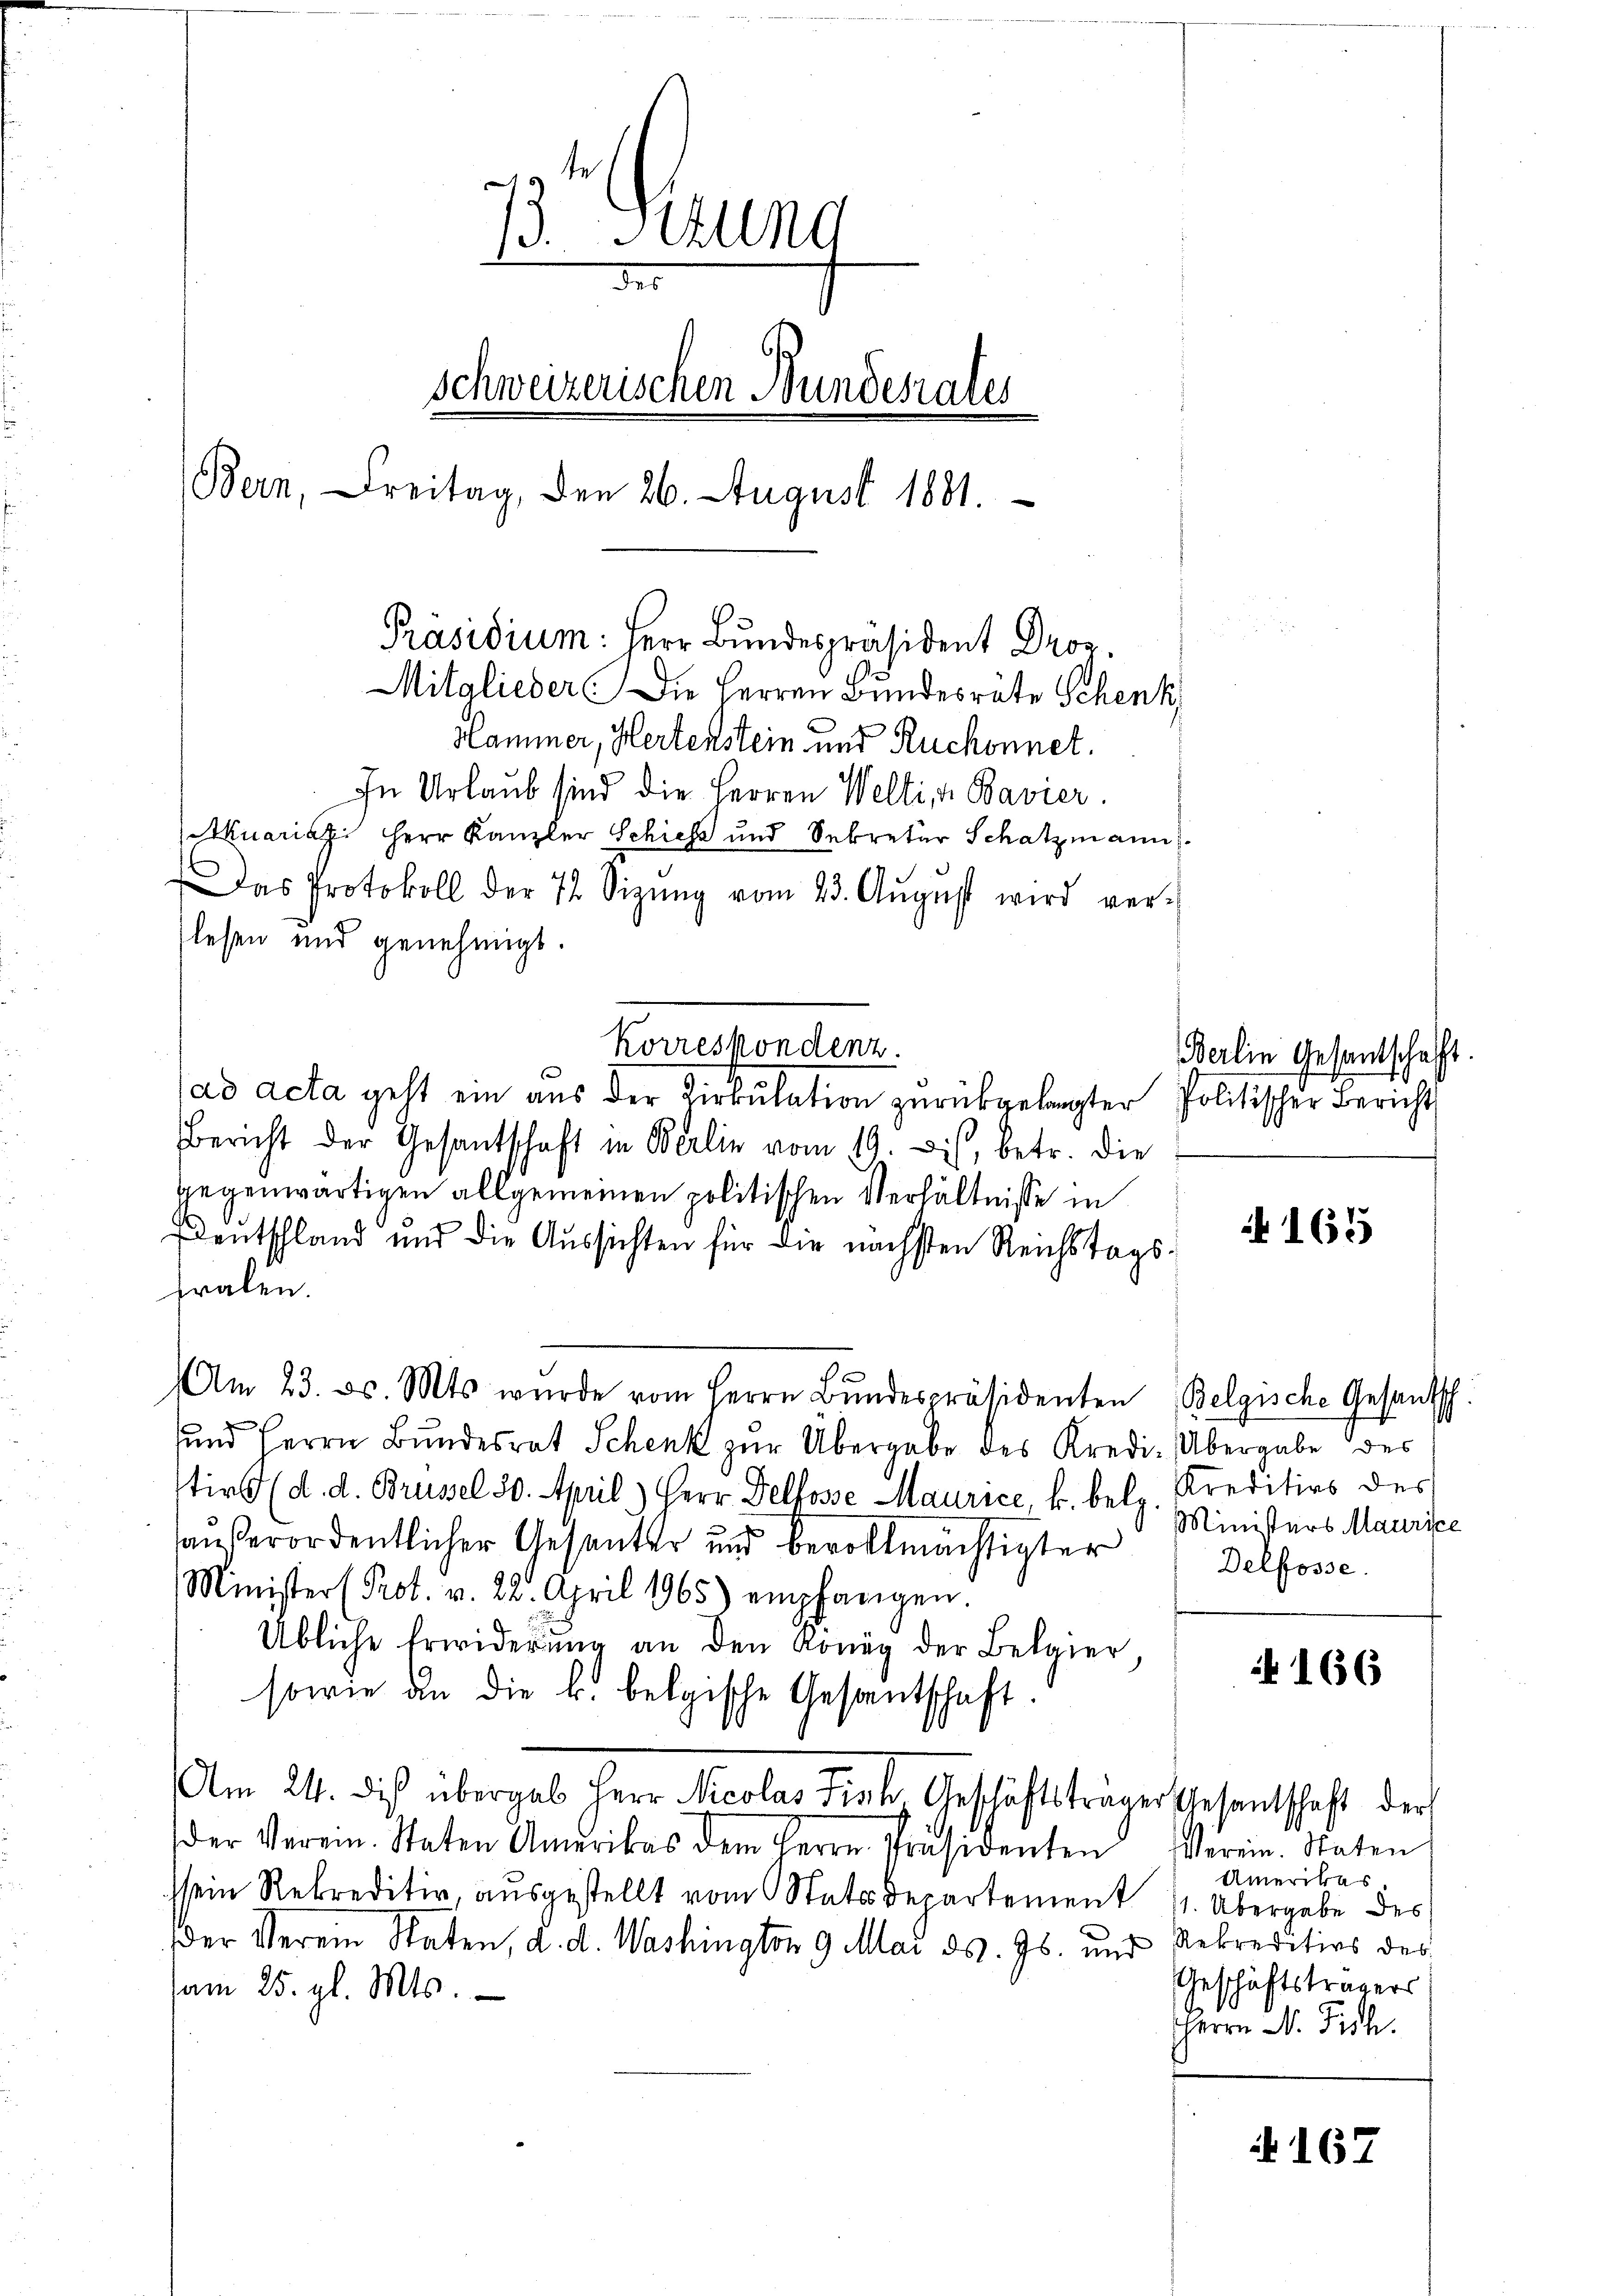
6
13. Stun
4
des
Schweizerischen Bundesrates
Bern, Freitag, den 26. August 1881.
Präsidium: Herr Bundespräsident Droz.
Mitglieder Die Herren Bundesräte Schenk
Hammer, Hertenstein und Ruchonnet.

Das Protokoll der 72 Sizŭng vom 23. Aŭgŭst wird ver-
lesen und genehmigt.
Korrespondenz.
s
(ad acta geht ein aus der Zirkulation zurückgelangter Politischer Bericht
Bericht der Gesandtschaft in Berlin vom 19. Dis, betr. die
gegenwärtigen allgemeinen politischen Verhältnisse in
Dentschland und die Aussichten für die nächsten Reichstagsfralen.
Am 23. ds. Mts. wurde vom Herrn Bŭndespräsidenten Belgische Gesantsch.
sund Herrn Bundesrat Schenk zur Übergabe des Kredi-Übergabe des
tire (d. d. Brüssel 30. April) Herr Dellosse Maurice, k. belg. Kreditirs des
haußerordentlicher Gesanter und bevollmächtigter
Minister (Prot. v. 22. April 1965) empfangen.
Übliche Erwiderŭng an den König der Belgier,
sowie an die k. belgische Gesantschaft.
Am 24. die übergab Herr Nicolas Fisk. Geschäftsträger Gesantschaft der
der Verein. Staten Amerikas dem Herrn Präsidenten
ssein Rekreditiv, ausgestellt vom Statsdepartement 1. Übergabe des
der Verein Raten, d. d. Washington 9 Mai d. Js. und Rekreditios des
am 25. gl. Mts.

In Urlaub sind die Herren Welti, 4 Bavier.
Muariazi Herr Kanzler Schiehe und Sekretär Schatzmann

Berlin Gesandtschaft.

165

Ministers Maurice
Delfosse

166

Geschäftsträgers
HHerrn N. Fich.

167

Verein. Staten
Amerikas.